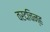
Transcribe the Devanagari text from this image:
वरदचिन्ह